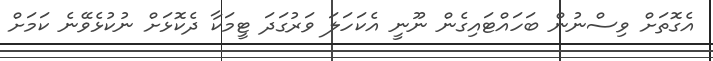
އެގޮތަށް ވިސްނުން ބަހައްޓައިގެން ނޫނީ އެކަހަލަ ވަރުގަދަ ޓީމަކާ ދެކޮޅަށް ނުކުޅެވޭނެ ކަމަށް